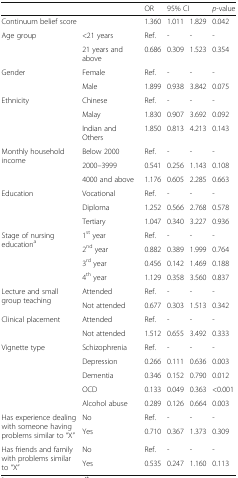
<table><thead><tr><td></td><td></td><td><b>OR</b></td><td colspan="2"><b>95% CI</b></td><td><b><i>p</i>-value</b></td></tr></thead><tbody><tr><td colspan="2">Continuum belief score</td><td>1.360</td><td>1.011</td><td>1.829</td><td>0.042</td></tr><tr><td rowspan="2">Age group</td><td>&lt;21 years</td><td>Ref.</td><td>-</td><td>-</td><td>-</td></tr><tr><td>21 years and above</td><td>0.686</td><td>0.309</td><td>1.523</td><td>0.354</td></tr><tr><td rowspan="2">Gender</td><td>Female</td><td>Ref.</td><td>-</td><td>-</td><td>-</td></tr><tr><td>Male</td><td>1.899</td><td>0.938</td><td>3.842</td><td>0.075</td></tr><tr><td rowspan="3">Ethnicity</td><td>Chinese</td><td>Ref.</td><td>-</td><td>-</td><td>-</td></tr><tr><td>Malay</td><td>1.830</td><td>0.907</td><td>3.692</td><td>0.092</td></tr><tr><td>Indian and Others</td><td>1.850</td><td>0.813</td><td>4.213</td><td>0.143</td></tr><tr><td rowspan="3">Monthly household income</td><td>Below 2000</td><td>Ref.</td><td>-</td><td>-</td><td>-</td></tr><tr><td>2000–3999</td><td>0.541</td><td>0.256</td><td>1.143</td><td>0.108</td></tr><tr><td>4000 and above</td><td>1.176</td><td>0.605</td><td>2.285</td><td>0.663</td></tr><tr><td rowspan="3">Education</td><td>Vocational</td><td>Ref.</td><td>-</td><td>-</td><td>-</td></tr><tr><td>Diploma</td><td>1.252</td><td>0.566</td><td>2.768</td><td>0.578</td></tr><tr><td>Tertiary</td><td>1.047</td><td>0.340</td><td>3.227</td><td>0.936</td></tr><tr><td rowspan="4">Stage of nursing education<sup>a</sup></td><td>1<sup>st</sup> year</td><td>Ref.</td><td>-</td><td>-</td><td>-</td></tr><tr><td>2<sup>nd</sup> year</td><td>0.882</td><td>0.389</td><td>1.999</td><td>0.764</td></tr><tr><td>3<sup>rd</sup> year</td><td>0.456</td><td>0.142</td><td>1.469</td><td>0.188</td></tr><tr><td>4<sup>th</sup> year</td><td>1.129</td><td>0.358</td><td>3.560</td><td>0.837</td></tr><tr><td rowspan="2">Lecture and small group teaching</td><td>Attended</td><td>Ref.</td><td>-</td><td>-</td><td>-</td></tr><tr><td>Not attended</td><td>0.677</td><td>0.303</td><td>1.513</td><td>0.342</td></tr><tr><td rowspan="2">Clinical placement</td><td>Attended</td><td>Ref.</td><td>-</td><td>-</td><td>-</td></tr><tr><td>Not attended</td><td>1.512</td><td>0.655</td><td>3.492</td><td>0.333</td></tr><tr><td rowspan="5">Vignette type</td><td>Schizophrenia</td><td>Ref.</td><td>-</td><td>-</td><td>-</td></tr><tr><td>Depression</td><td>0.266</td><td>0.111</td><td>0.636</td><td>0.003</td></tr><tr><td>Dementia</td><td>0.346</td><td>0.152</td><td>0.790</td><td>0.012</td></tr><tr><td>OCD</td><td>0.133</td><td>0.049</td><td>0.363</td><td>&lt;0.001</td></tr><tr><td>Alcohol abuse</td><td>0.289</td><td>0.126</td><td>0.664</td><td>0.003</td></tr><tr><td rowspan="2">Has experience dealing with someone having problems similar to “X”</td><td>No</td><td>Ref.</td><td>-</td><td>-</td><td>-</td></tr><tr><td>Yes</td><td>0.710</td><td>0.367</td><td>1.373</td><td>0.309</td></tr><tr><td rowspan="2">Has friends and family with problems similar to “X”</td><td>No</td><td>Ref.</td><td>-</td><td>-</td><td>-</td></tr><tr><td>Yes</td><td>0.535</td><td>0.247</td><td>1.160</td><td>0.113</td></tr></tbody></table>